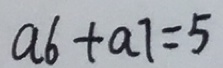
a 6 + a 7 = 5